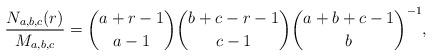
LaTeX: \begin{align*}\frac{N_{a,b,c}(r)}{M_{a,b,c}}=\binom{a+r-1}{a-1}\binom{b+c-r-1}{c-1}\binom{a+b+c-1}{b}^{-1},\end{align*}